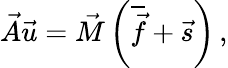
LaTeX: \vec{A}\vec{u}=\vec{M}\left(\overline{{\vec{f}}}+\vec{s}\right)\, ,